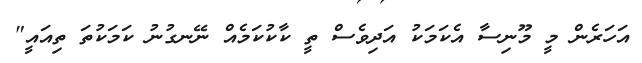
އަހަރެން މީ މޫނިސާ އެކަމަކު އަދިވެސް ތީ ކާކުކަމެއް ނޭނގުނު ކަމަކުތަ ތިއައީ"